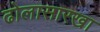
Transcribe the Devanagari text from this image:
ढोलासारखा